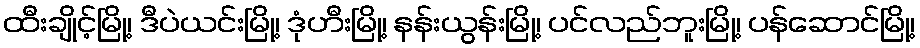
ထီးချိုင့်မြို့၊ ဒီပဲယင်းမြို့၊ ဒုံဟီးမြို့၊ နန်းယွန်းမြို့၊ ပင်လည်ဘူးမြို့၊ ပန်ဆောင်မြို့၊